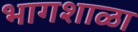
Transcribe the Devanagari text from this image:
भागशाळा